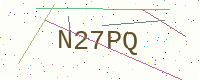
Text: N27PQ